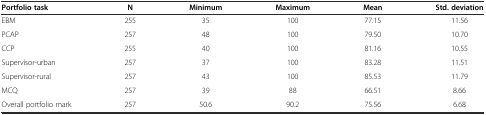
<table><thead><tr><td><b>Portfolio task</b></td><td><b>N</b></td><td><b>Minimum</b></td><td><b>Maximum</b></td><td><b>Mean</b></td><td><b>Std. deviation</b></td></tr></thead><tbody><tr><td>EBM</td><td>255</td><td>35</td><td>100</td><td>77.15</td><td>11.56</td></tr><tr><td>PCAP</td><td>257</td><td>48</td><td>100</td><td>79.50</td><td>10.70</td></tr><tr><td>CCP</td><td>255</td><td>40</td><td>100</td><td>81.16</td><td>10.55</td></tr><tr><td>Supervisor-urban</td><td>257</td><td>37</td><td>100</td><td>83.28</td><td>11.51</td></tr><tr><td>Supervisor-rural</td><td>257</td><td>43</td><td>100</td><td>85.53</td><td>11.79</td></tr><tr><td>MCQ</td><td>257</td><td>39</td><td>88</td><td>66.51</td><td>8.66</td></tr><tr><td>Overall portfolio mark</td><td>257</td><td>50.6</td><td>90.2</td><td>75.56</td><td>6.68</td></tr></tbody></table>